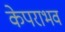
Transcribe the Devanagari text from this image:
केपराभव